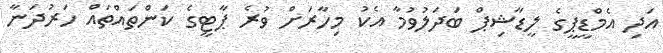
އަދި އެމްޑީޕީގެ ލީޑާޝިޕް ބަދަލުވުމާ އެކު މިހާރަށް ވުރެ ޕާޓީގެ ކަންތައްތައް ހަރުދަނާ